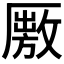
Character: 𠪭